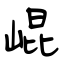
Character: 崐